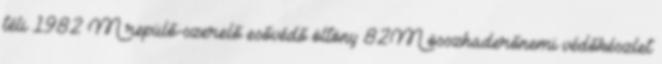
téli 1982 M repülő-szerelő esővédő öltöny 82M összhaderőnemi védőkészlet